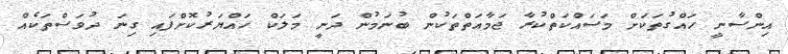
އިންސާނީ ހައްގުތަކަށް މަސައްކަތްކުރާ ޖަމާއަތްތަކުން ބުނަމުން ދަނީ މަލަކް ހައްޔަރުކޮށްފައި ގިނަ ދުވަސްތަކެއް